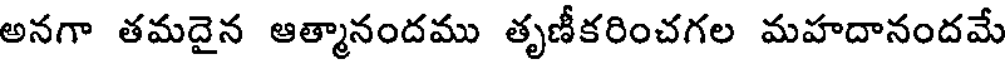
అనగా తమదైన ఆత్మానందము తృణీకరించగల మహదానందమే